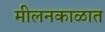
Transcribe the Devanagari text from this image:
मीलनकाळात